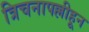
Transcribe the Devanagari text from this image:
त्रिचनापल्लीहून